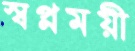
স্বপ্নময়ী